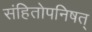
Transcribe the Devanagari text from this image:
संहितोपनिषत्